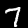
Label: 7